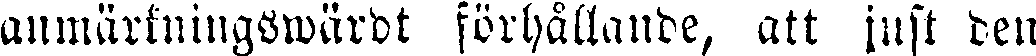
anmärkningswärdt förhållande, att inst den